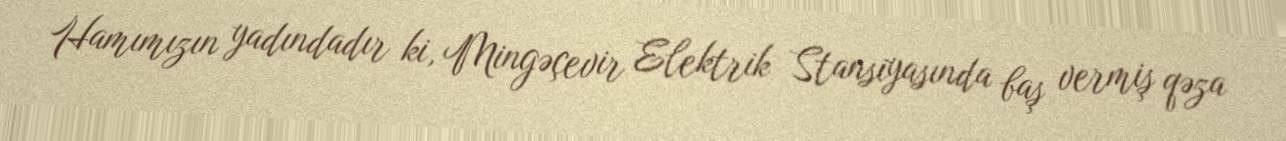
Hamımızın yadındadır ki, Mingəçevir Elektrik Stansiyasında baş vermiş qəza